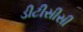
ડીટીસીસી